Calcutta medical institutions reports 1892-1900
Year: 1892
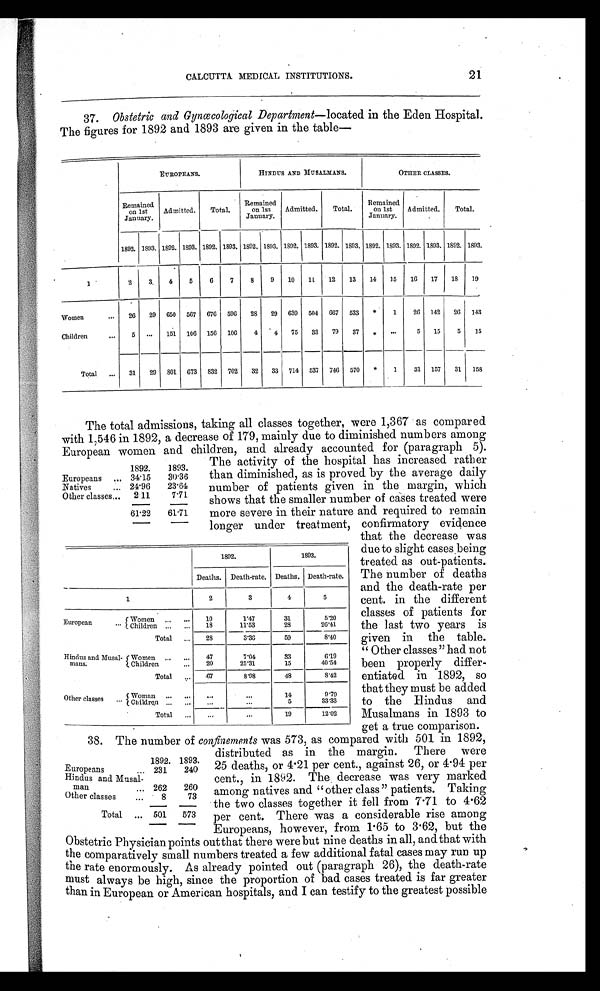
21
CALCUTTA MEDICAL INSTITUTIONS.
37. Obstetric and Gynœcological Department—located in the Eden Hospital.
The figures for 1892 and 1893 are given in the table
—
EUROPEANS.
HINDUS AND MUSALMANS.
O T H E R C L A S S E S .
Remained
on 1st
January.
Admitted. Total.
Remained
on 1st
January.
Admitted. Total.
Remained
on 1st
January.
Admitted. Total.
1892. 1893. 1892. 1893. 1892. 1893. 1892. 1893. 1892. 1893. 1892. 1893. 1892. 1893. 1892. 1893. 1892. 1893.
1
2
3 4 5
6
7
8
9 10 11 12 13 14 15 16 17 18 19
Women
... 26 29 650 567 676 596 28 29 639 504 667 533
* 1
26 142 26 143
Children
. . . 5 ... 151 106 156 106 4 4 75 33 79 37
*
...
5 15
5 15
Total ... 31 29 801 673 832 702 32 33 714 537 746 570
* 1
31 157 31 158
The total admissions, taking all classes together, were 1,367 as compared
with 1,546 in 1892, a decrease of 179, mainly due to diminished numbers among
European women and children, and already accounted for (paragraph 5).
1892.
1893.
Europeans ... 34.15
30.36
Natives
... 24.96
23.64
Other classes . . . 2.11
7.71
61.22
61.71
The activity of the hospital has increased rather
than diminished, as is proved by the average daily
number of patients given in the margin, which
shows that the smaller number of cases treated were
more severe in their nature and required to remain
longer under treatment, confirmatory evidence
1892.
1893.
Deaths. Death-rate. Deaths. Death-rate.
1
2
3
4
5
European
. . . Women ... ... 10
1 . 4 7
31
5.20
Children ... ... 1
1 1 . 5 3
28
26.41_
Total ... 28
3 . 3 6
59
8.40
Hindus and Musal- Women ... ... 47
7.04
33
6 . 1 9
mans.
Children
. . . 20
25.31
15
40.54
Total . . .
67
8 . 9 8
48
8.42
Other classes
. . . Woman ... ...
. . .
...
14
9.79
Children . . . ... . . .
...
5
33.33
Total ...
...
...
19
12.02
that the decrease was
due to slight cases being
treated as out-patients.
The number of deaths
and the death-rate per
cent. in the different
classes of patients for
the last two years is
given in the table.
"Other classes" had not
been properly differ-
entiated in 1892, so
that they must be added
to the Hindus and
Musalmans in 1893 to
get a true comparison.
38. The number of confinements was 573, as compared with 501 in 1892,
distributed as in the margin. There were
25 deaths, or 4.21 per cent., against 26, or 4.94 per
cent., in 1892. The decrease was very marked
among natives and "other class" patients. Taking
the two classes together it fell from 7.71 to 4.62
per cent. There was a considerable rise among
Europeans, however, from 1.65 to 3.62, but the
Obstetric Physician points out that there were but nine deaths in all, and that with
the comparatively small numbers treated a few additional fatal cases may run up
the rate enormously. As already pointed out (paragraph 26), the death-rate
must always be high, since the proportion of bad cases treated is far greater
than in European or American hospitals, and I can testify to the greatest possible
1892. 1893.
Europeans
. . . 231
240
Hindus and Musal-
man
. . . . . . 262
260
Other classes
...
8
73
Total ... 501 573